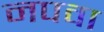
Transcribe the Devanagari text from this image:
नपवा